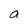
Character: a